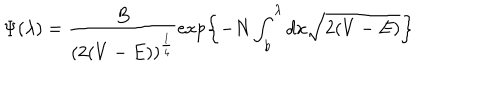
LaTeX: \Psi ( \lambda ) = \frac { B } { ( 2 ( V - E ) ) ^ { \frac { 1 } { 4 } } } \exp \left\{ - N \int _ { b } ^ { \lambda } d x \sqrt { 2 ( V - E ) } \right\}